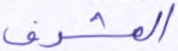
المشرف